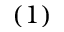
( 1 )